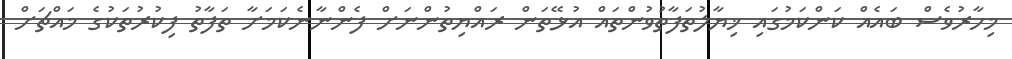
މިހާރުވެސް ބައެއް ކަންކަމުގައި ޚިޔާލުތަފާތުވުންތައް އުޅޭތަން ރައްޔިތުންނަށް ފެންނާނެކަމަށާ ތަފާތު ފިކުރުތަކުގެ މައްޗަށް